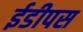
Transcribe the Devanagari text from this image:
ईडीपस